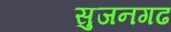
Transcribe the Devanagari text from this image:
सुजनगढ